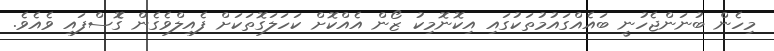
މިހެން ބުނަންޖެހުނީ ބައެއްގައުމުތަކުގައި އިކޮނޮމިކު ޒޯން އެއްކޮށް ކަހަލަގޮތަކަށް ފެއިލްވެގެން ގޮެސްފައި ވެއެވެ.